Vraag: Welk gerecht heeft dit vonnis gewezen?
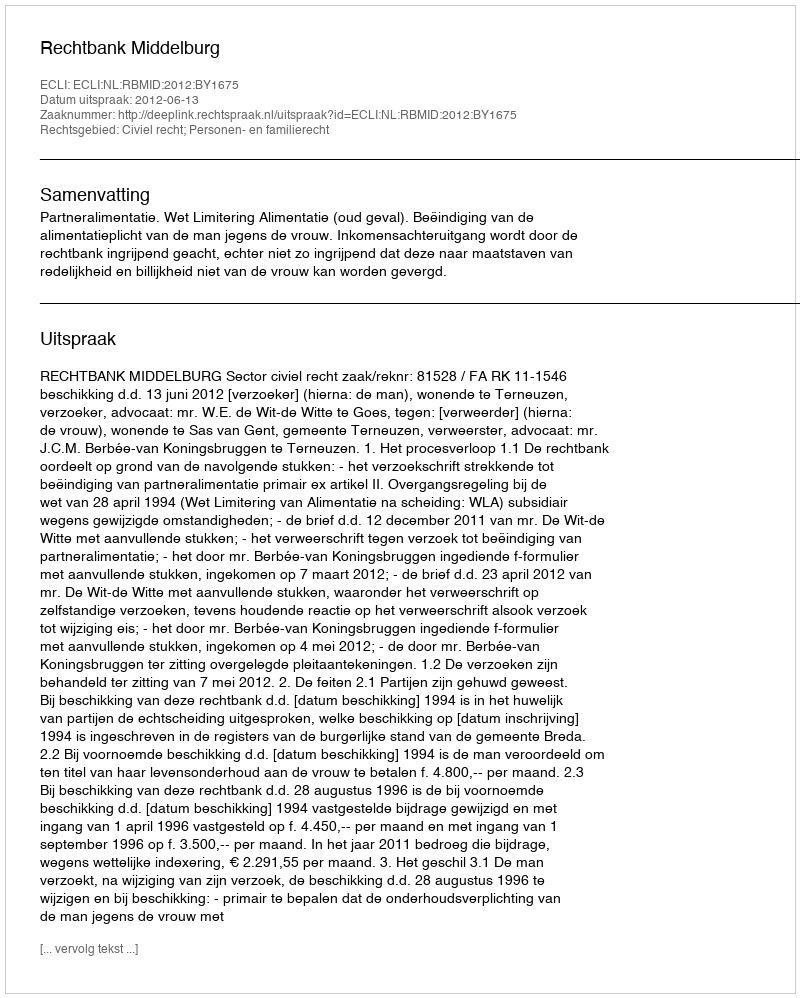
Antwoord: Rechtbank Middelburg